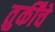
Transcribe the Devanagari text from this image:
तुर्कींचे